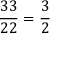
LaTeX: { \frac { 3 3 } { 2 2 } } = { \frac { 3 } { 2 } }